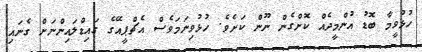
ހުޅުވީމާ ބޮޑު އުންމީދެއް ކޮށްގެން ނޫން ކަށެވެ. ހުޅުވިނަަމަވެސް އެޗްޕީއޭގެ ގައިޑްލައިންނަށް ގެނައި